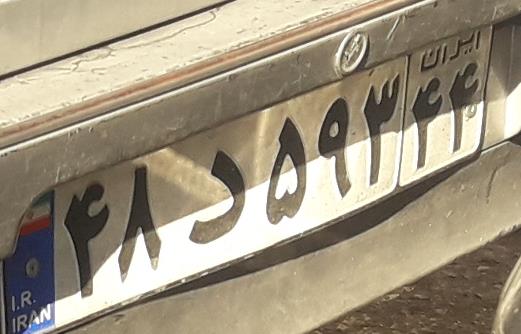
۴۸د۵۹۳۴۴